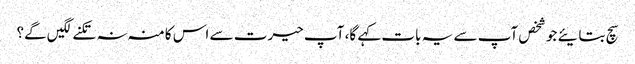
سچ بتایئے جو شخص آپ سے یہ بات کہے گا، آپ حیرت سے اس کا منہ نہ تکنے لگیں گے؟